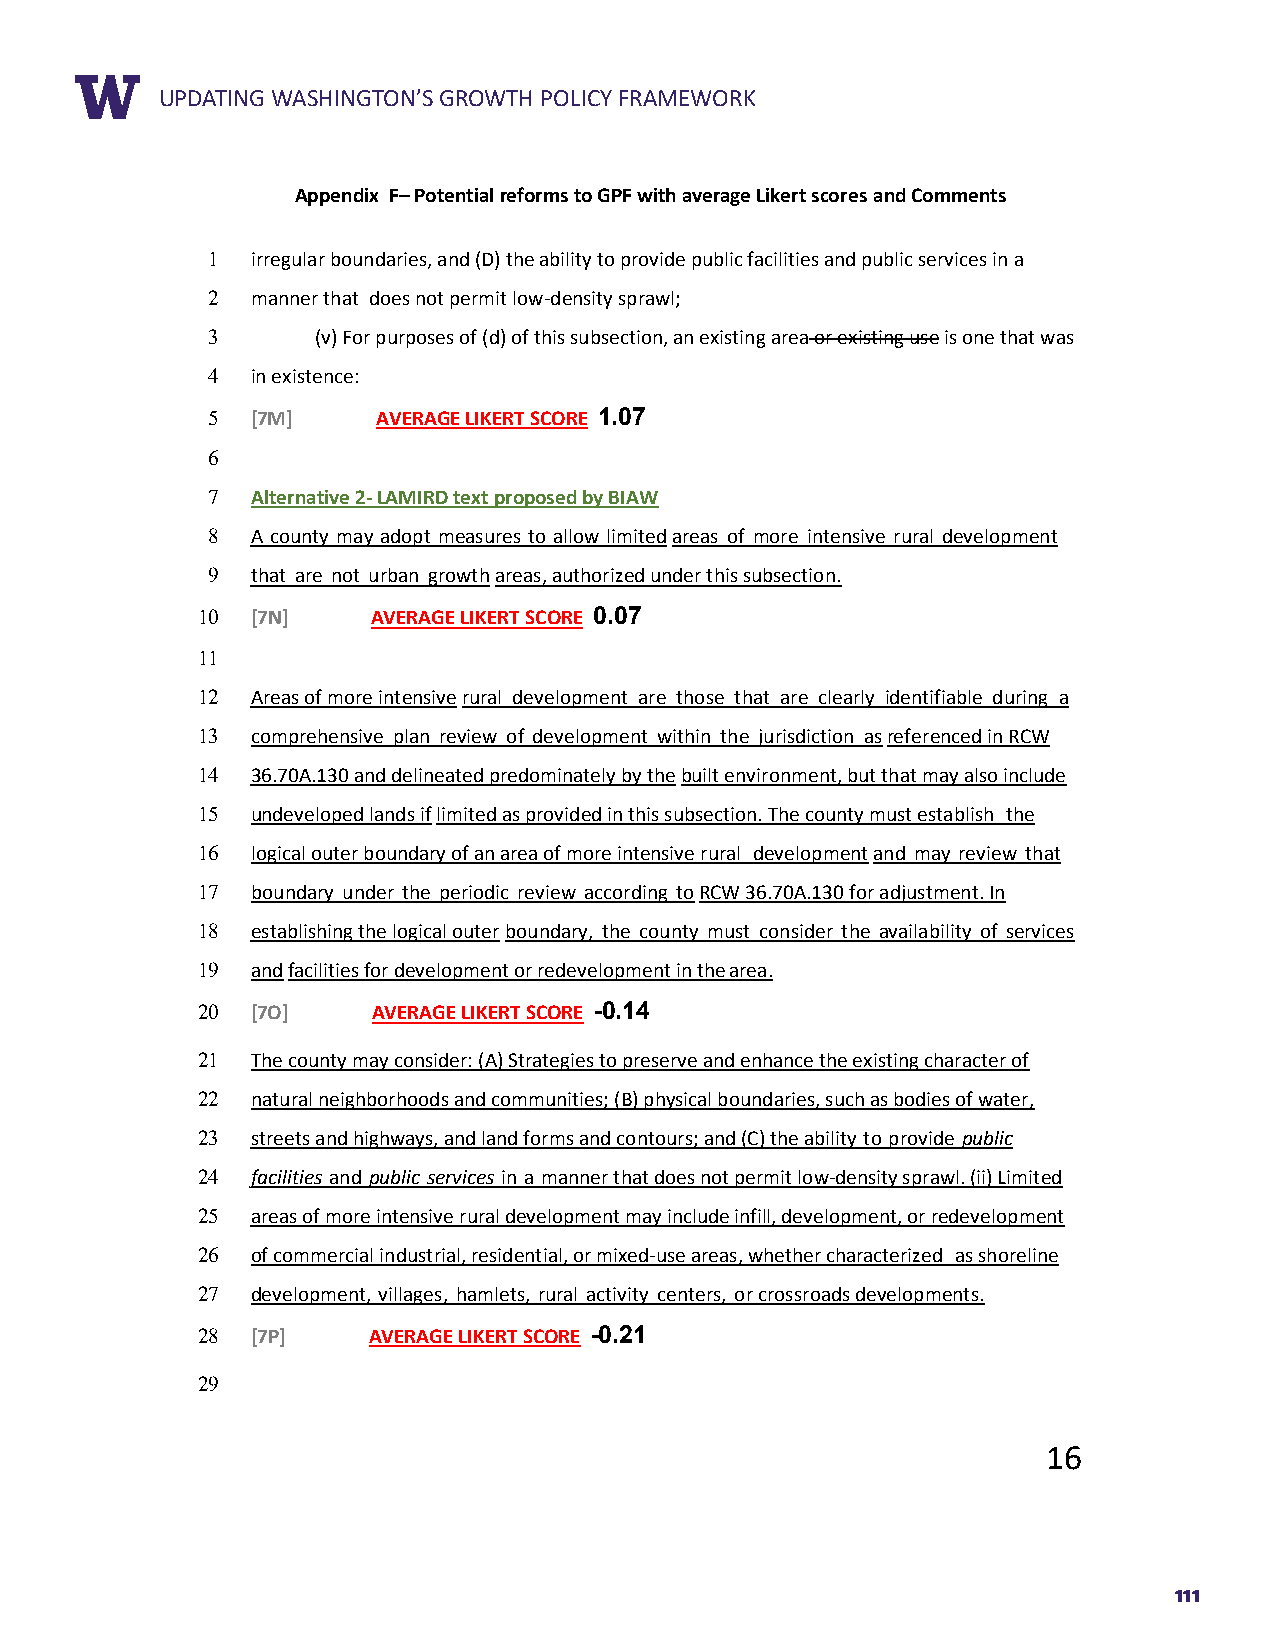
RUEPPDOARTTIN TGIT WLEASHINGTON’S GROWTH POLICY FRAMEWORK
 Appendix F– Potential reforms to GPF with average Likert scores and Comments
 1  irregular boundaries, and (D) the ability to provide public facilities and public services in a
 2  manner that does not permit low-density sprawl;
 3      (v) For purposes of (d) of this subsection, an existing area or existing use is one that was
 4  in existence:
 5  [7M]    AVERAGE LIKERT SCORE 1.07
 6
 7  Alternative 2- LAMIRD text proposed by BIAW
 8  A county may adopt measures to allow limited areas of more intensive rural development
 9  that are not urban growth areas, authorized under this subsection.
 10  [7N]    AVERAGE LIKERT SCORE 0.07
 11
 12  Areas of more intensive rural development are those that are clearly identifiable during a
 13  comprehensive plan review of development within the jurisdiction as referenced in RCW
 14  36.70A.130 and delineated predominately by the built environment, but that may also include
 15  undeveloped lands if limited as provided in this subsection. The county must establish the
 16  logical outer boundary of an area of more intensive rural development and may review that
 17  boundary under the periodic review according to RCW 36.70A.130 for adjustment. In
 18  establishing the logical outer boundary, the county must consider the availability of services
 19  and facilities for development or redevelopment in the area.
 20  [7O]    AVERAGE LIKERT SCORE -0.14
 21  The county may consider: (A) Strategies to preserve and enhance the existing character of
 22  natural neighborhoods and communities; (B) physical boundaries, such as bodies of water,
 23  streets and highways, and land forms and contours; and (C) the ability to provide public
 24  facilities and public services in a manner that does not permit low-density sprawl. (ii) Limited
 25  areas of more intensive rural development may include infill, development, or redevelopment
 26  of commercial industrial, residential, or mixed-use areas, whether characterized as shoreline
 27  development, villages, hamlets, rural activity centers, or crossroads developments.
 28  [7P]   AVERAGE LIKERT SCORE -0.21
 29
 16
 111